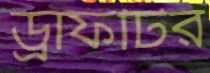
ড্রাফটির